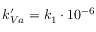
k _ { V a } ^ { \prime } = k _ { 1 } \cdot 1 0 ^ { - 6 }